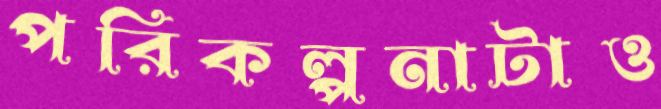
পরিকল্পনাটাও